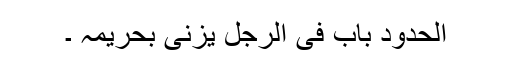
الحدود باب فی الرجل یزنی بحریمہ ۔